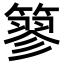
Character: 𥲿